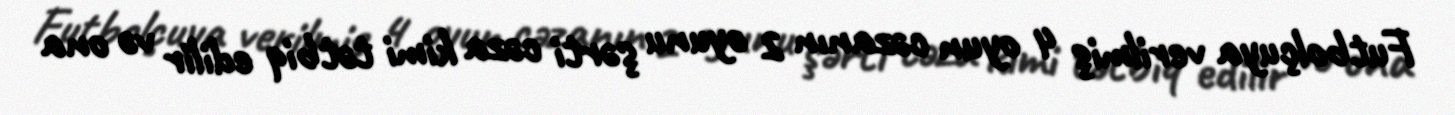
Futbolçuya verilmiş 4 oyun cəzanın 2 oyunu şərti cəza kimi tətbiq edilir və ona